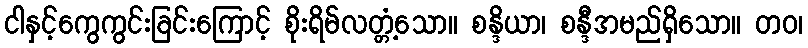
ငါနှင့်ကွေကွင်းခြင်းကြောင့် စိုးရိမ်လတ္တံ့သော။ စန္ဒိယာ၊ စန္ဒီအမည်ရှိသော။ တဝ၊